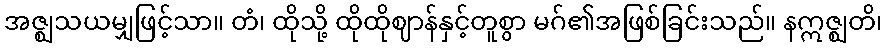
အဇ္ဈသယမျှဖြင့်သာ။ တံ၊ ထိုသို့ ထိုထိုဈာန်နှင့်တူစွာ မဂ်၏အဖြစ်ခြင်းသည်။ နဣဇ္ဈတိ၊